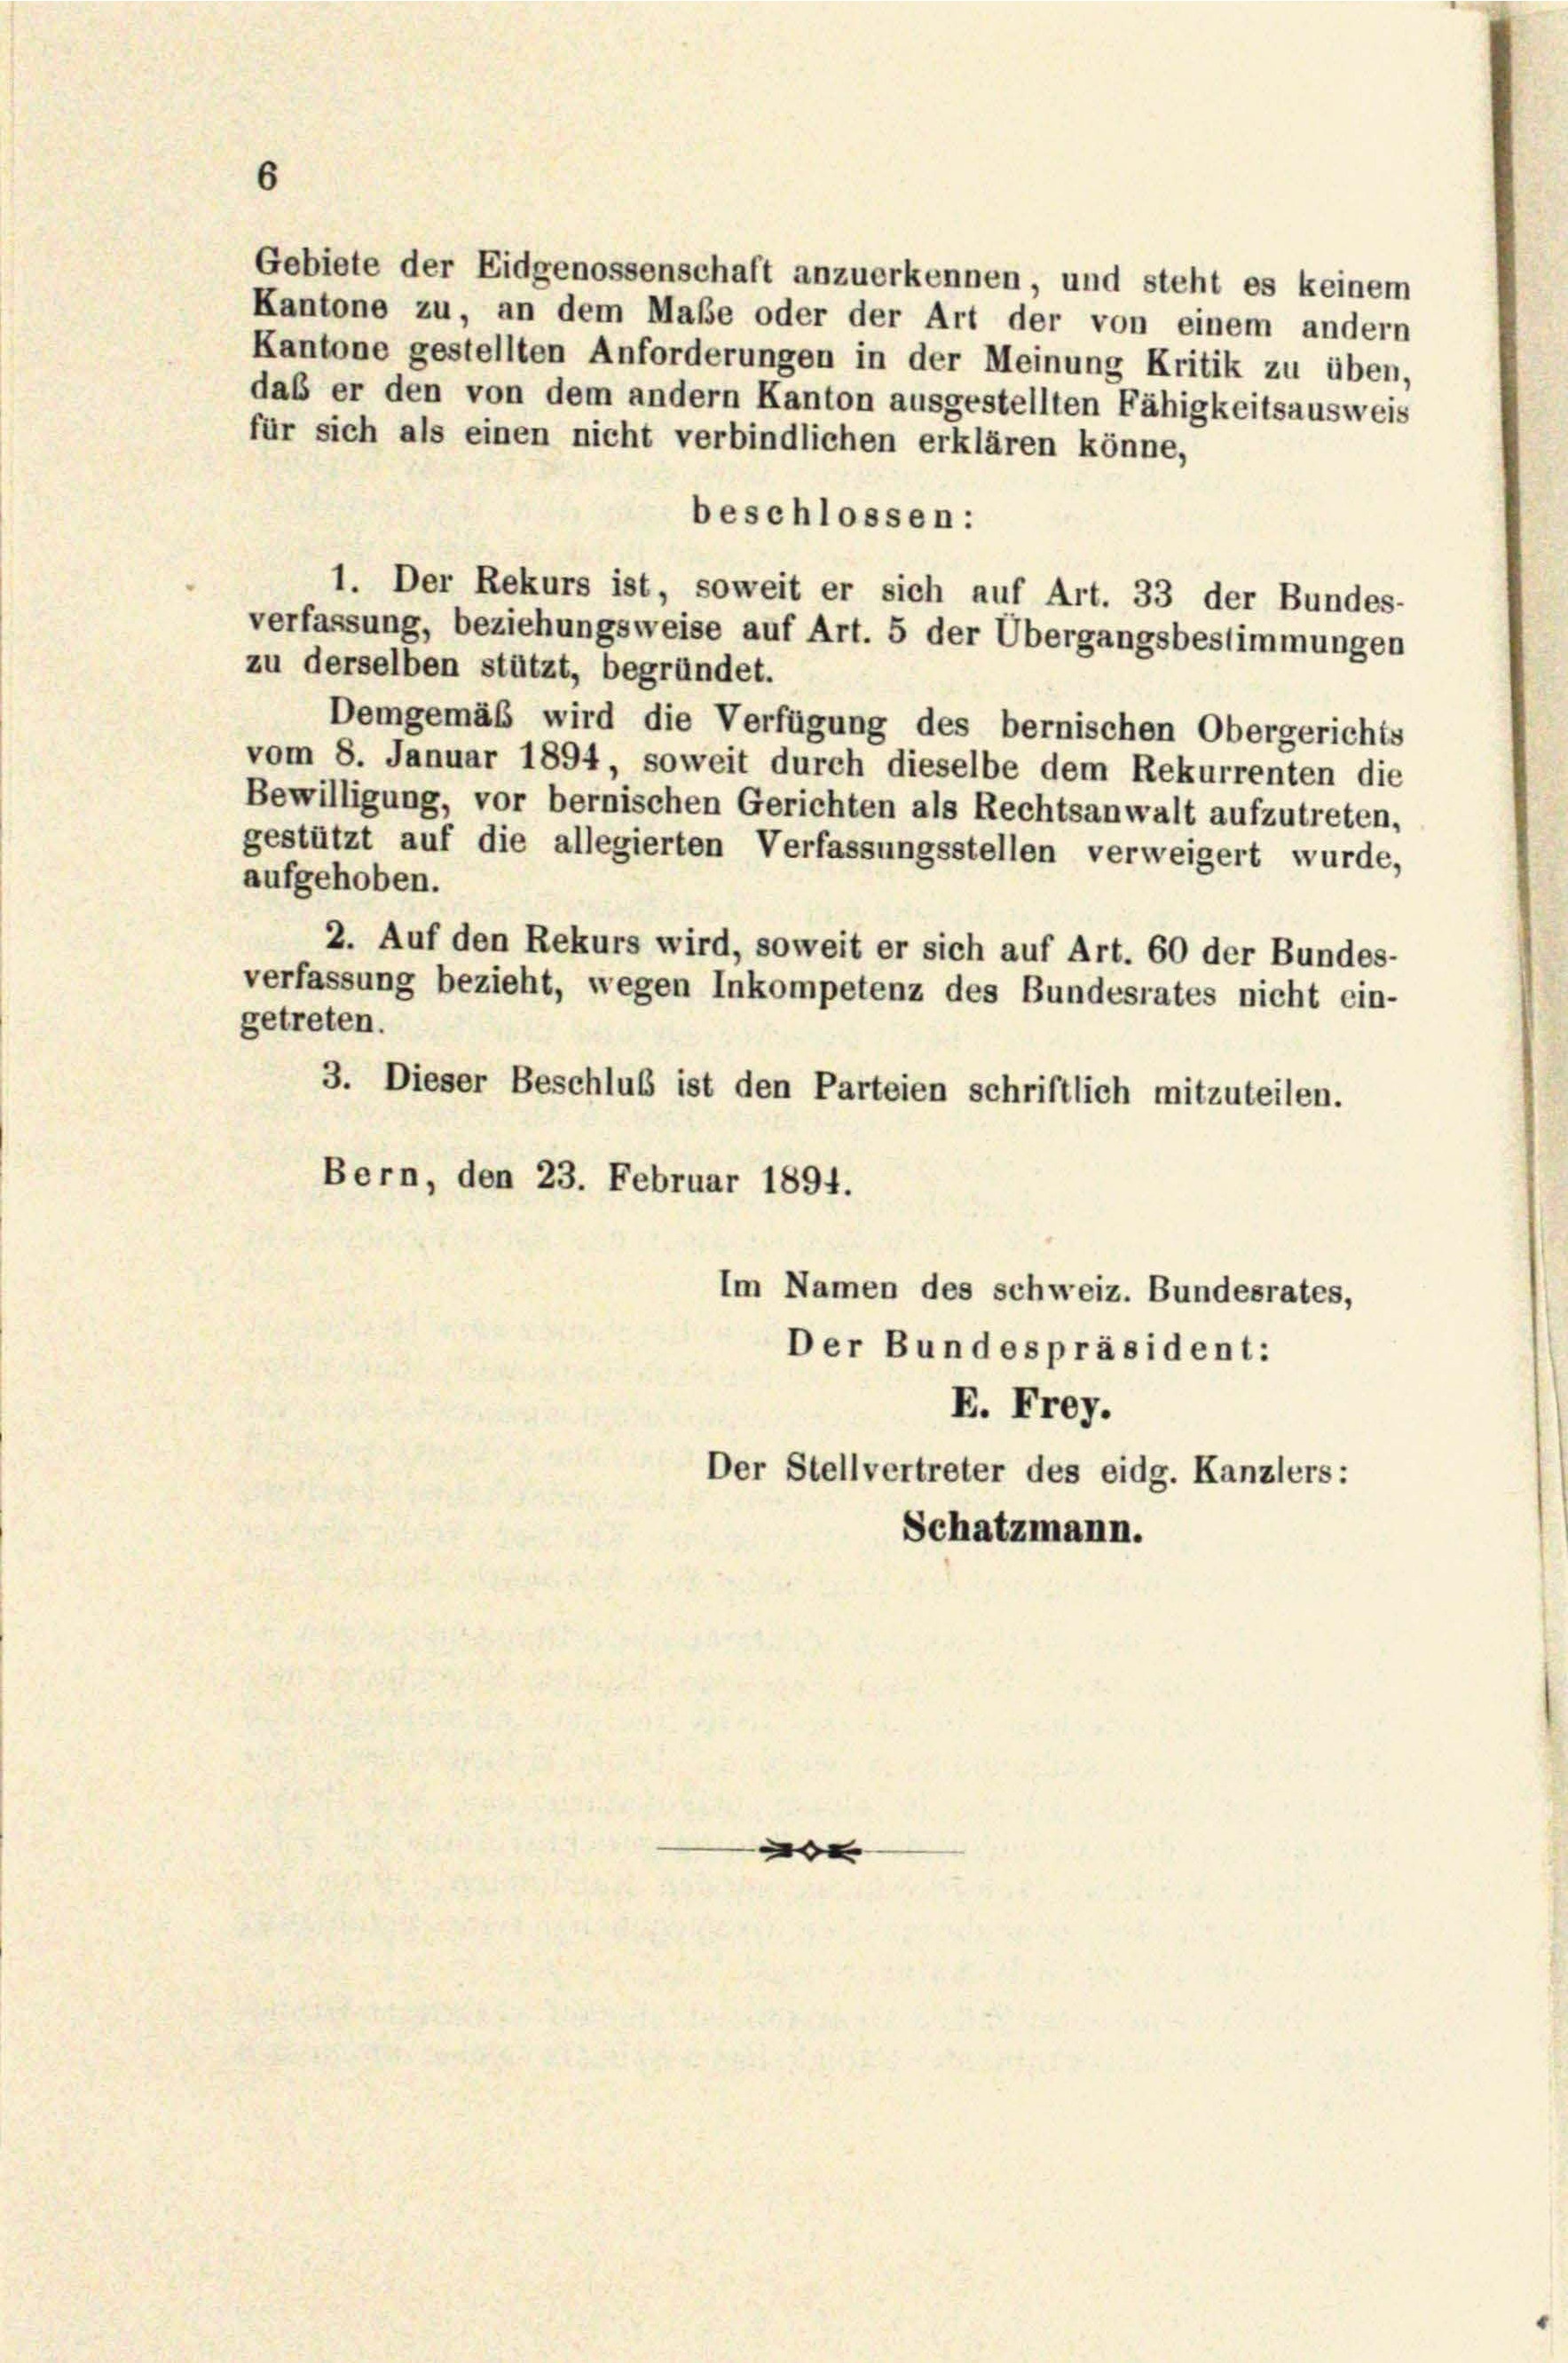
Gebiete der Eidgenossenschaft anzuerkennen, und steht es keinem
Kantone zu, an dem Maße oder der Art der von einem andern
Kantone gestellten Anforderungen in der Meinung Kritik zu üben,
daß er den von dem andern Kanton ausgestellten Fähigkeitsausweis
für sich als einen nicht verbindlichen erklären könne,
beschlossen:
1. Der Rekurs ist, soweit er sich auf Art. 33 der Bundes-
verfassung, beziehungsweise auf Art. 5 der Übergangsbestimmungen
zu derselben stützt, begründet.
Demgemäß wird die Verfügung des bernischen Obergerichts
vom 8. Januar 1894, soweit durch dieselbe dem Rekurrenten die
Bewilligung, vor bernischen Gerichten als Rechtsanwalt aufzutreten,
gestützt auf die allegierten Verfassungsstellen verweigert wurde,
aufgehoben.
2. Auf den Rekurs wird, soweit er sich auf Art. 60 der Bundes-
verfassung bezieht, wegen Inkompetenz des Bundesrates nicht ein-
getreten.
3. Dieser Beschluß ist den Parteien schriftlich mitzuteilen.
Bern, den 23. Februar 1894.
Im Namen des schweiz. Bundesrates,
Der Bundespräsident:
E. Frey.
Der Stellvertreter des eidg. Kanzlers:
Schatzmann.

e